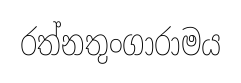
රත්නතුංගාරාමය